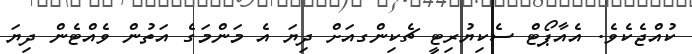
ކުއްޖެކެވެ. އެއާޕޯޓް ސެކިޔުރިޓީ ޗެކިންގއަށް ދިޔަ އެ މަންމަގެ އަތުން ވެއްޓެން ދިޔަ